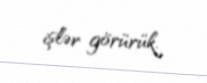
işlər görürük.